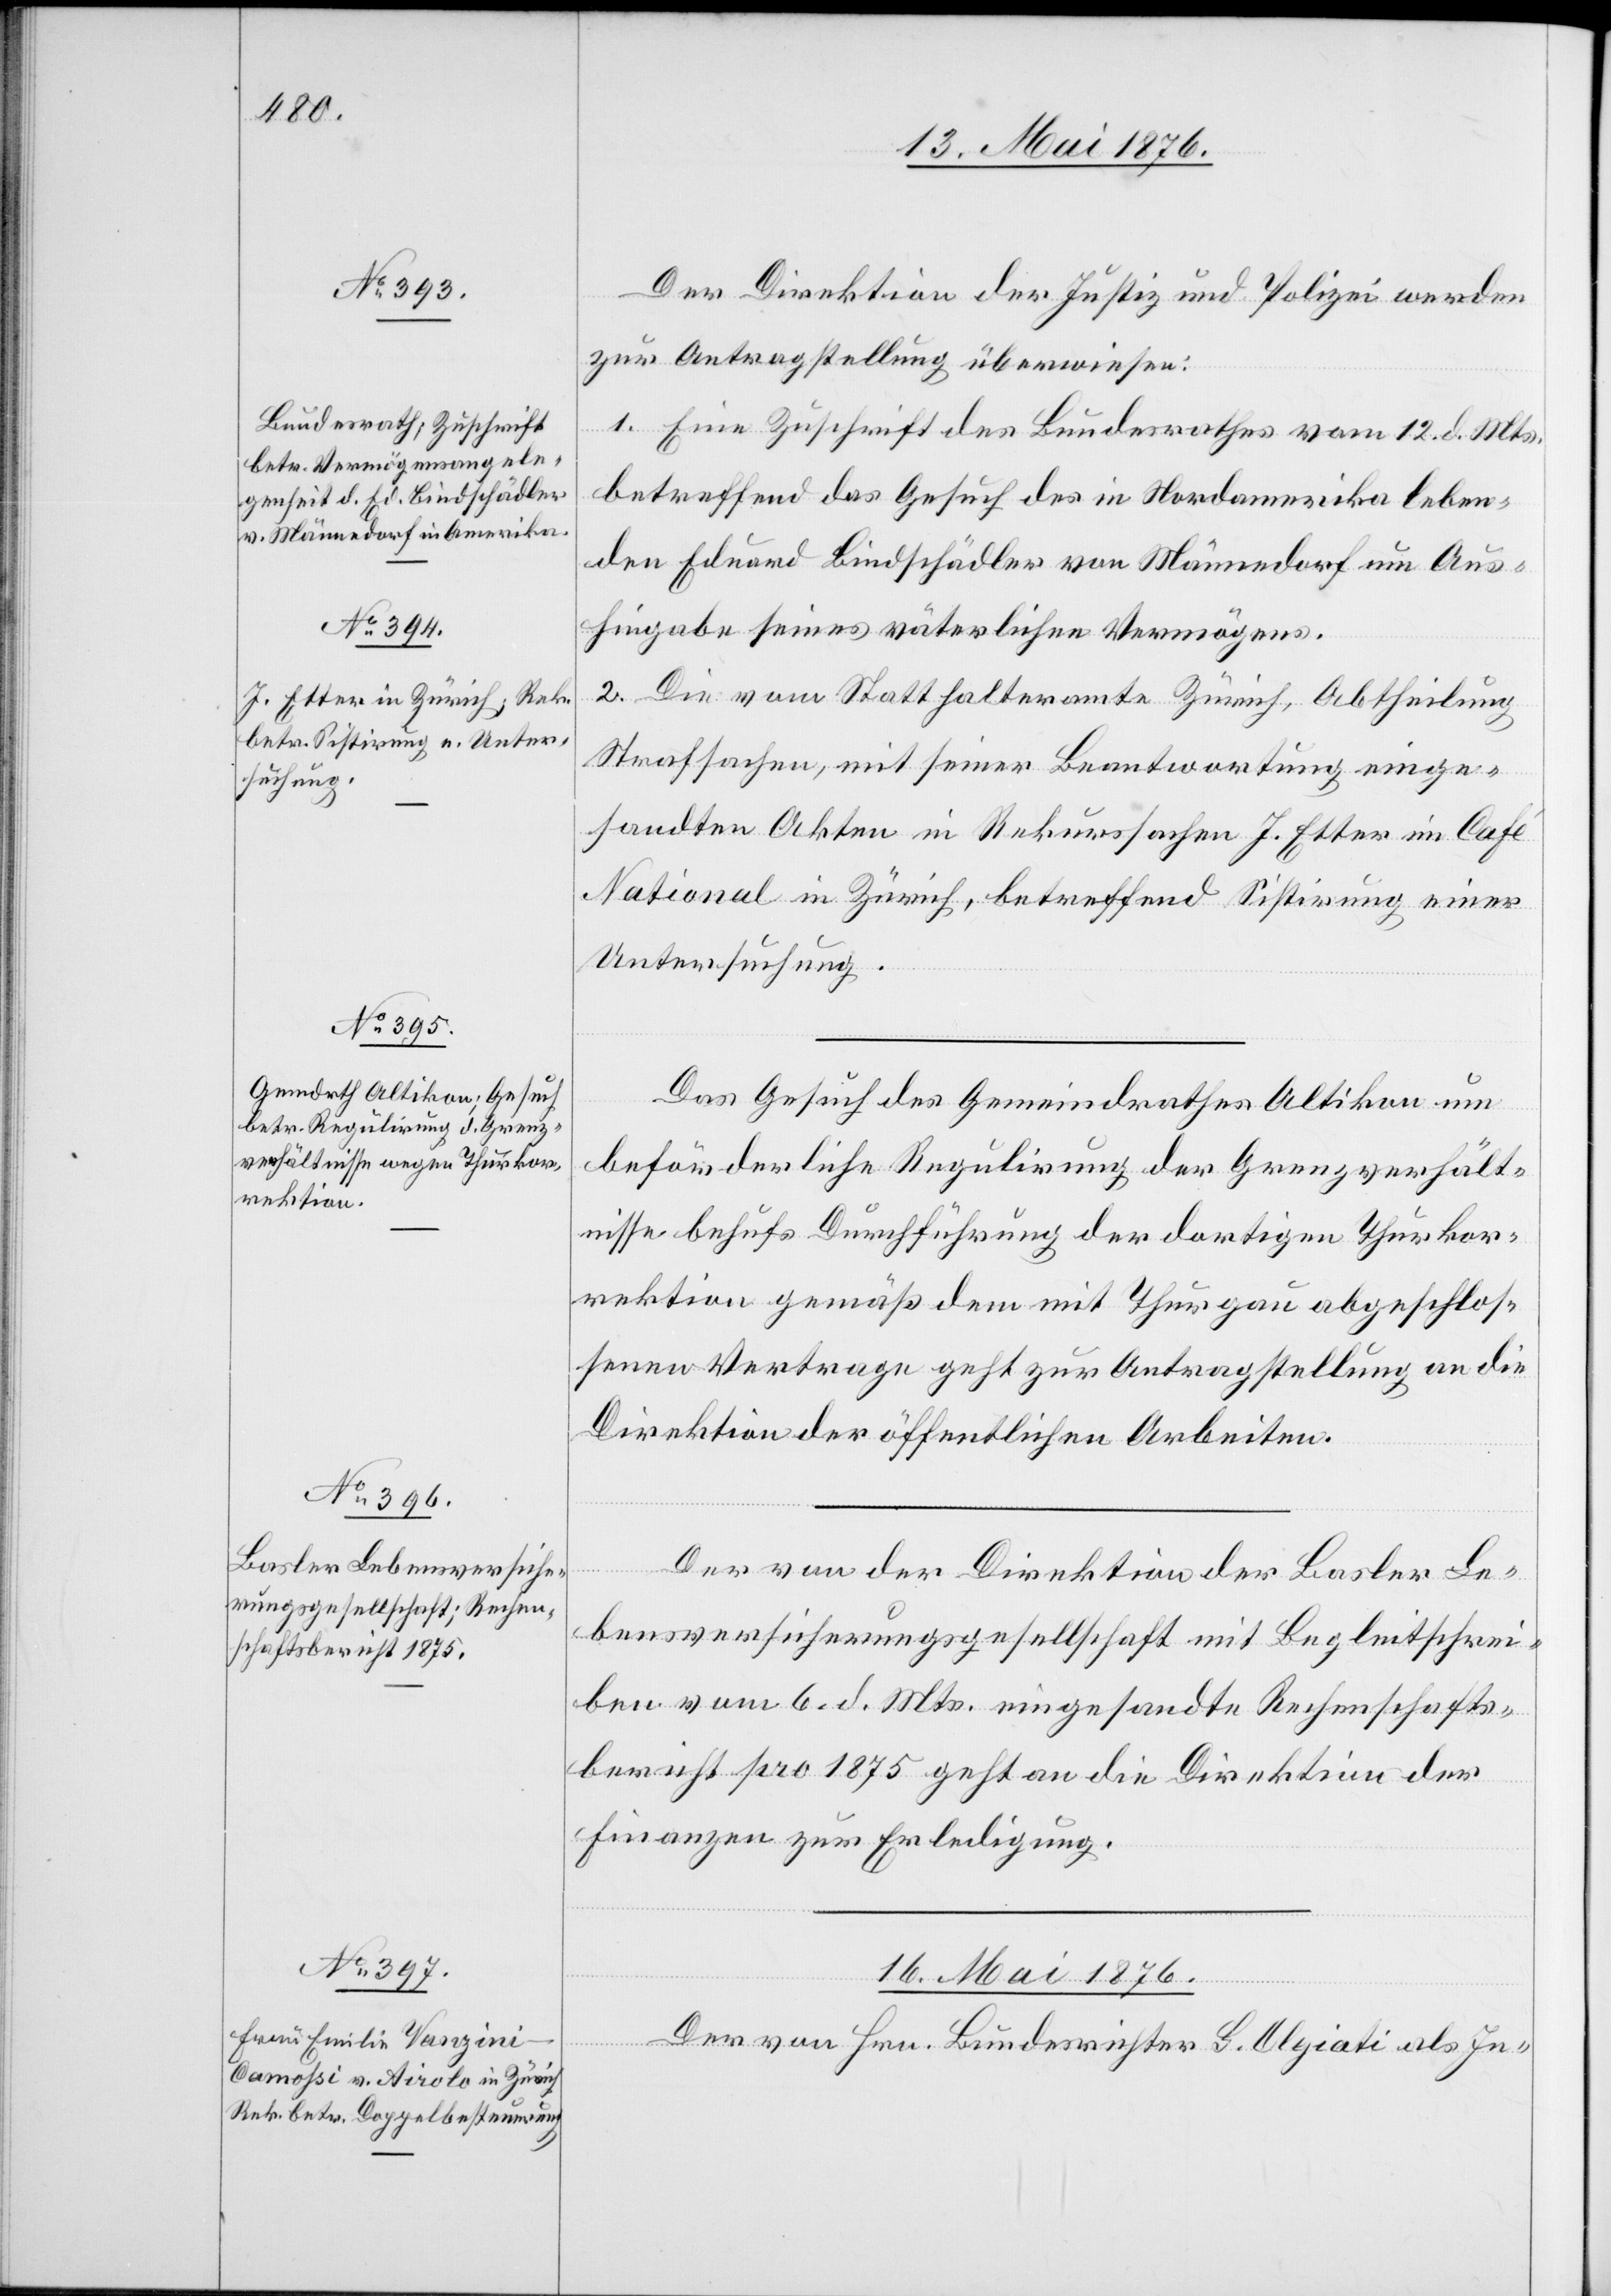
15. Mai 1876.]
Der Direktion der Justiz und Polizei werden
zur Antragstellung überwiesen:
1. Eine Zuschrift des Bundesrathes vom 12. d. Mts.
betreffend das Gesuch des in Nordamerika leben¬
den Eduard Bindschädler von Männedorf um Aus¬
hingabe seines väterlichen Vermögens.
2. Die vom Statthalteramte Zürich, Abtheilung
Strafsachen, mit seiner Beantwortung einge¬
sandte Akten in Rekurssachen J. Etter im Café
national in Zürich, betreffend Sistirung einer
Untersuchung.
Das Gesuch des Gemeindrathes Altikon um
beförderliche Regulirung der Grenzverhält¬
nisse behufs Durchführung der dortigen Thurkor¬
rektion gemäß dem mit Thurgau abgeschlos¬
senen Vertrage geht zur Antragstellung an die
Direktion der öffentlichen Arbeiten.
Der von der Direktion der Basler Le¬
bensversicherungsgesellschaft mit Begleitschrei¬
ben vom 6. d. Mts. eingesandte Rechenschafts¬
bericht pro 1875 geht an die Direktion der
Finanzen zur Erledigung.
16. Mai 1876.
Der von Hrn. Bundesrichter G. Agiati als In-